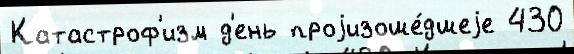
Катастроф'изм д'ень проjизоше́дшеjе 430